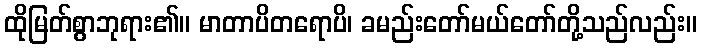
ထိုမြတ်စွာဘုရား၏။ မာတာပိတရောပိ၊ ခမည်းတော်မယ်တော်တို့သည်လည်း။